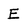
Character: E